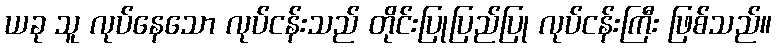
ယခု သူ လုပ်နေသော လုပ်ငန်းသည် တိုင်းပြုပြည်ပြု လုပ်ငန်းကြီး ဖြစ်သည်။